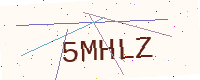
Text: 5MHLZ